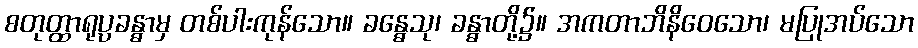
စတုတ္ထာရုပ္ပခန္ဓာမှ တစ်ပါးကုန်သော။ ခန္ဓေသု၊ ခန္ဓာတို့၌။ အကတာဘိနိဝေသော၊ မပြုအပ်သော